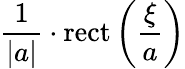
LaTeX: {\frac{1}{|a|}}\cdot\operatorname{rect}\left({\frac{\xi}{a}}\right)